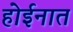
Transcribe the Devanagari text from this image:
होईनात